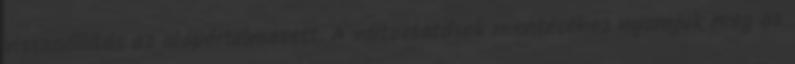
visszaállítás az alapértelmezett. A változtatások mentéséhez nyomjuk meg az